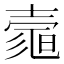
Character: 𡔻